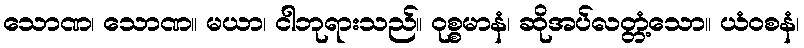
သောဏ၊ သောဏ။ မယာ၊ ငါဘုရားသည်။ ဝုစ္စမာနံ၊ ဆိုအပ်လတ္တံ့သော။ ယံဝစနံ၊